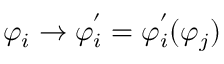
\varphi _ { i } \rightarrow \varphi _ { i } ^ { ' } = \varphi _ { i } ^ { ' } ( \varphi _ { j } )